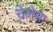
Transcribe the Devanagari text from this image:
चेलेसा